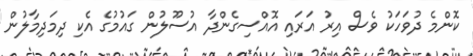
ކޮންމެ ދުވަހަކު ވެސް އިރު އަރައި އޮއްސިގެންދާ އުސޫލުން ގައުމުގެ އެކި ދިމަދިމާލުން